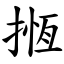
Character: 揯